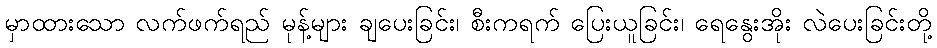
မှာထားသော လက်ဖက်ရည် မုန့်များ ချပေးခြင်း၊ စီးကရက် ပြေးယူခြင်း၊ ရေနွေးအိုး လဲပေးခြင်းတို့